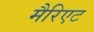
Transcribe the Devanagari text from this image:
मैरिएट